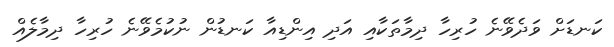
ކަނޑަށް ވަދެވޭނެ ހުރިހާ ދިމާތަކާއި އަދި އިންޑިއާ ކަނޑުން ނުކުމެވޭނެ ހުރިހާ ދިމާލެއް